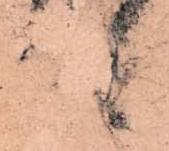
も